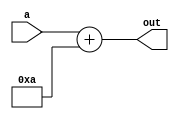
module const4(
  input wire [3:0] a,
  output wire [4:0] out
);
  assign out = a + 4'b1010;
endmodule